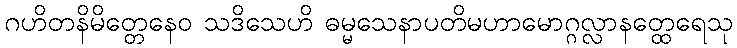
ဂဟိတနိမိတ္တေနေဝ သဒိသေဟိ ဓမ္မသေနာပတိမဟာမောဂ္ဂလ္လာနတ္ထေရေသု